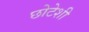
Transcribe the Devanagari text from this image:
छोटेशी